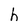
Character: h